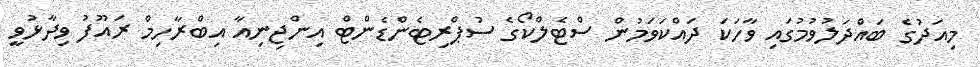
މިއަދުގެ ބައްދަލުވުމުގައި ވާހަކަ ދައްކަވަމުން ސްޓެލްކޯގެ ސުޕްރިޓެންޑެންޓް އިންޖިނިއާ އިބްރާހިމް ރައޫފު ވިދާޅުވީ